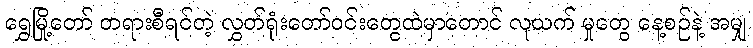
ရွှေမြို့တော် တရားစီရင်တဲ့ လွှတ်ရုံးတော်ဝင်းတွေထဲမှာတောင် လုယက် မှုတွေ နေ့စဉ်နဲ့ အမျှ